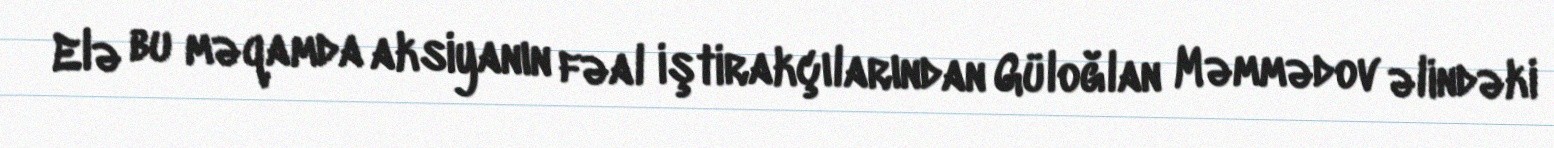
Elə bu məqamda aksiyanın fəal iştirakçılarından Güloğlan Məmmədov əlindəki